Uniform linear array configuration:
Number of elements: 16
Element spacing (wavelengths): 0.25
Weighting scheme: blackman
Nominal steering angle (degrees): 45
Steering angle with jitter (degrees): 43.136
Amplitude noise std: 0.05
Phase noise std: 0.05

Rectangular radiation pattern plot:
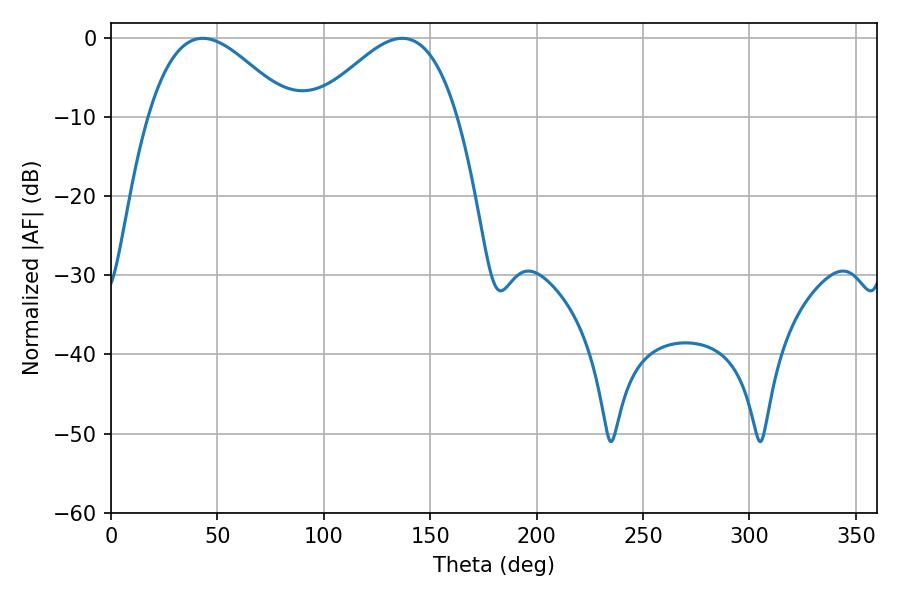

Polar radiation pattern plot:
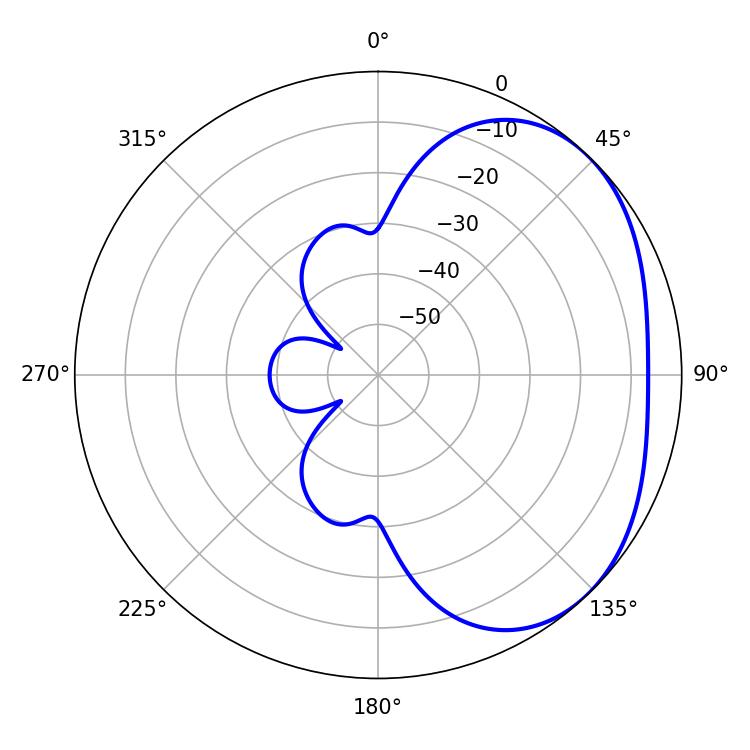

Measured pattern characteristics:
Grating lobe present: FALSE
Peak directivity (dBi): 2.919
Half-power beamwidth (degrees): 36.18
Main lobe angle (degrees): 43.2